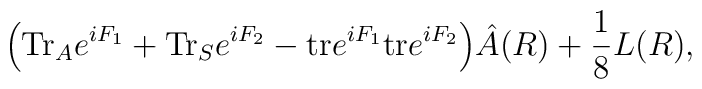
\Big( {\rm Tr}_A e^{iF_1} + {\rm Tr}_S e^{iF_2} - {\rm tr}e^{iF_1}{\rm tr} e^{iF_2}\Big) \hat A(R) +{1\over 8} L(R),